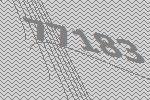
77183